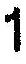
1